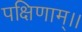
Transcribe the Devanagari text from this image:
पक्षिणाम्।।